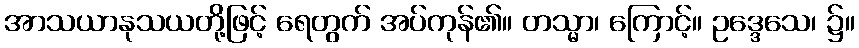
အာသယာနုသယတို့ဖြင့် ရေတွက် အပ်ကုန်၏။ တသ္မာ၊ ကြောင့်။ ဥဒ္ဒေသေ၊ ၌။